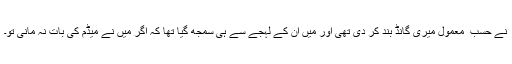
نے حسب ِ معمول میری گانڈ بند کر دی تھی اور میں ان کے لہجے سے ہی سمجھ گیا تھا کہ اگر میں نے میڈم کی بات نہ مانی تو۔